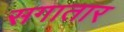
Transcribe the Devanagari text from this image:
सगातार